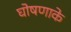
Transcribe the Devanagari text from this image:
घोषणाके